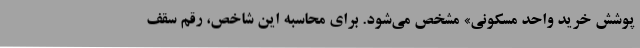
پوشش خرید واحد مسکونی» مشخص می‌شود. برای محاسبه این شاخص، رقم سقف